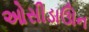
ઓસીડાઊન